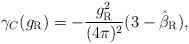
\begin{align*}\gamma_C(g_{\rm R}) =-\frac{g_{\rm R}^2}{(4\pi)^2} (3-\hat\beta_{\rm R}),\end{align*}